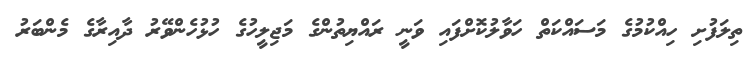
ތިލަފުށި ހިއްކުމުގެ މަސައްކަތް ހަވާލުކޮށްފައި ވަނީ ރައްޔިތުންގެ މަޖިލީހުގެ ހުޅުހެންވޭރު ދާއިރާގެ މެންބަރު